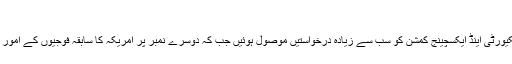
)
امریکہ کے سکیورٹی اینڈ ایکسچینج کمشن کو سب سے زیادہ درخواستیں موصول ہوئیں جب کہ دوسرے نمبر پر امریکہ کا سابقہ فوجیوں کے امور کا محکمہ رہا۔